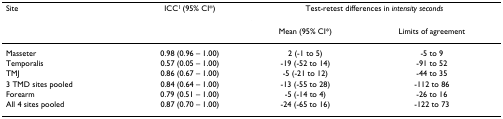
<table><thead><tr><td><b>Site</b></td><td><b>ICC<sup>1 </sup>(95% CI*)</b></td><td colspan="2"><b>Test-retest differences in <i>intensity seconds</i></b></td></tr><tr><td></td><td></td><td><b>Mean (95% CI*)</b></td><td><b>Limits of agreement</b></td></tr></thead><tbody><tr><td>Masseter</td><td>0.98 (0.96 – 1.00)</td><td>2 (-1 to 5)</td><td>-5 to 9</td></tr><tr><td>Temporalis</td><td>0.57 (0.05 – 1.00)</td><td>-19 (-52 to 14)</td><td>-91 to 52</td></tr><tr><td>TMJ</td><td>0.86 (0.67 – 1.00)</td><td>-5 (-21 to 12)</td><td>-44 to 35</td></tr><tr><td>3 TMD sites pooled</td><td>0.84 (0.64 – 1.00)</td><td>-13 (-55 to 28)</td><td>-112 to 86</td></tr><tr><td>Forearm</td><td>0.79 (0.51 – 1.00)</td><td>-5 (-14 to 4)</td><td>-26 to 16</td></tr><tr><td>All 4 sites pooled</td><td>0.87 (0.70 – 1.00)</td><td>-24 (-65 to 16)</td><td>-122 to 73</td></tr></tbody></table>